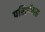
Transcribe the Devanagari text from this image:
परिशोधक